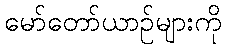
မော်တော်ယာဉ်များကို